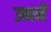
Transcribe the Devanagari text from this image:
उनमेें